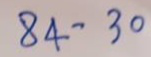
84 - 30